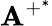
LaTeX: \mathbf{A}^{+^{*}}